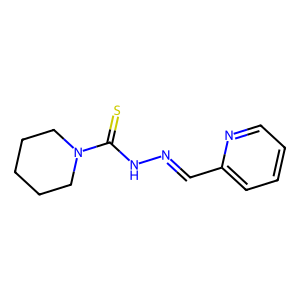
SMILES: S=C(NN=Cc1ccccn1)N1CCCCC1
Inhibits HIV replication: No